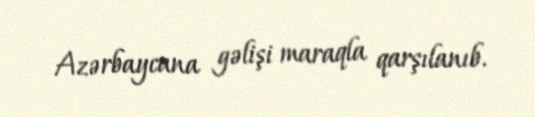
Azərbaycana gəlişi maraqla qarşılanıb.